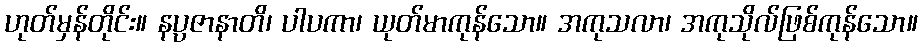
ဟုတ်မှန်တိုင်း။ နပ္ပဇာနာတိ၊ ပါပကာ၊ ယုတ်မာကုန်သော။ အကုသလာ၊ အကုသိုလ်ဖြစ်ကုန်သော။